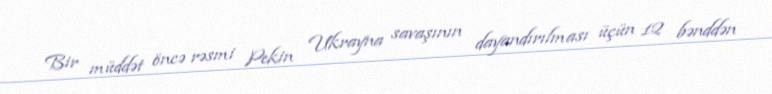
Bir müddət öncə rəsmi Pekin Ukrayna savaşının dayandırılması üçün 12 bənddən